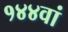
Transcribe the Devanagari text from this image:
१४४वां